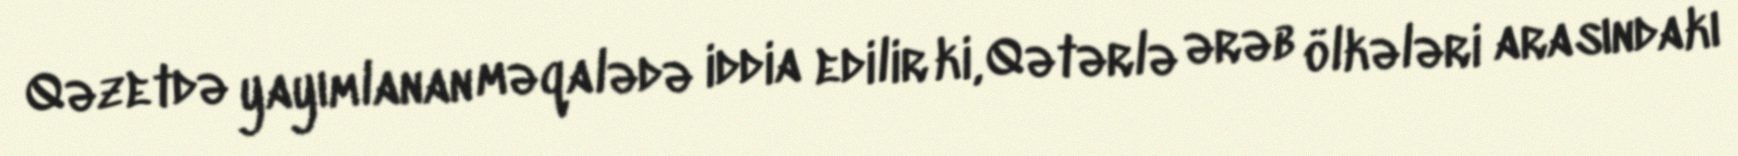
Qəzetdə yayımlanan məqalədə iddia edilir ki, Qətərlə ərəb ölkələri arasındakı